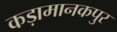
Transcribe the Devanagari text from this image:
कड़ामानकपुर